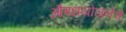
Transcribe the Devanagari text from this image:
औषधयोजनेचे